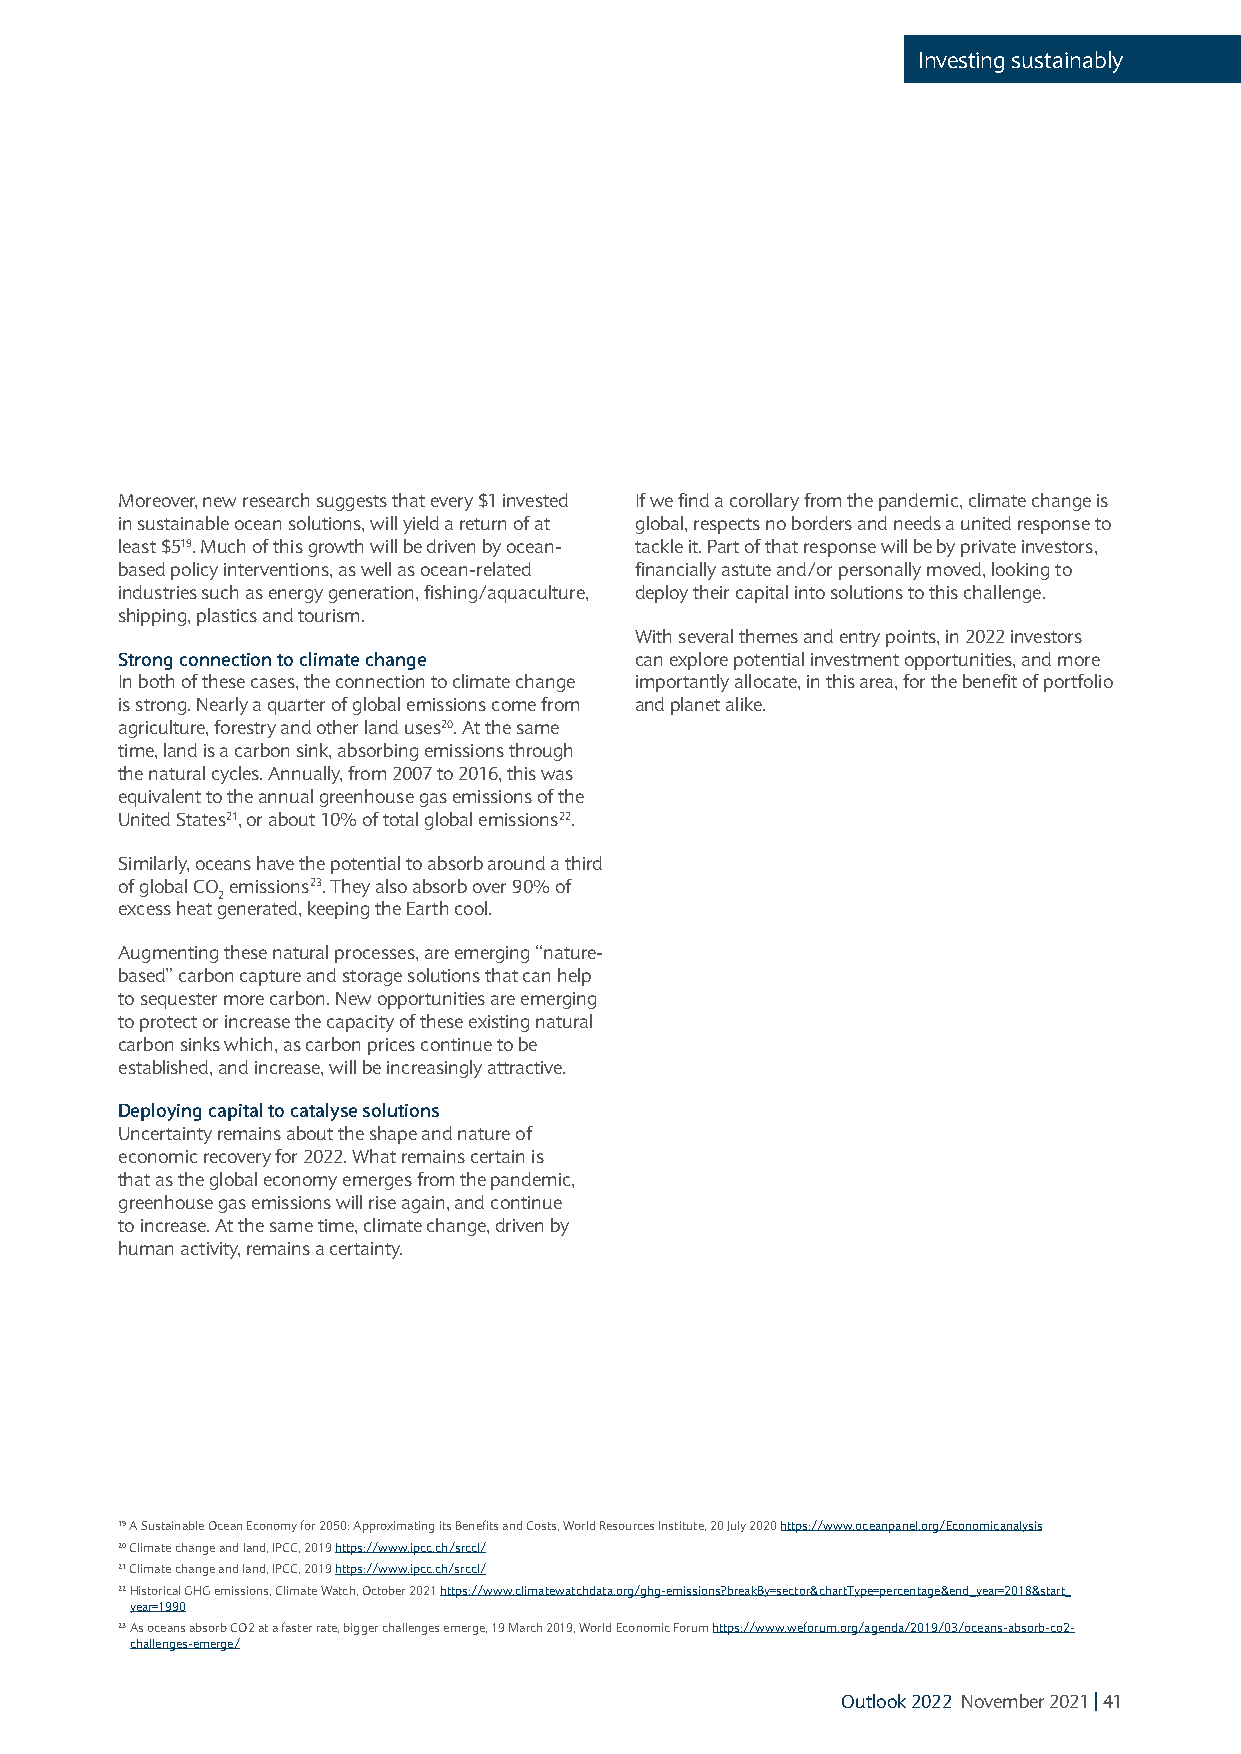
Investing sustainably
 Moreover, new research suggests that every $1 invested If we find a corollary from the pandemic, climate change is
 in sustainable ocean solutions, will yield a return of at global, respects no borders and needs a united response to
 least $519. Much of this growth will be driven by ocean- tackle it. Part of that response will be by private investors,
 based policy interventions, as well as ocean-related financially astute and/or personally moved, looking to
 industries such as energy generation, fishing/aquaculture, deploy their capital into solutions to this challenge.
 shipping, plastics and tourism.
 With several themes and entry points, in 2022 investors
 Strong connection to climate change can explore potential investment opportunities, and more
 In both of these cases, the connection to climate change importantly allocate, in this area, for the benefit of portfolio
 is strong. Nearly a quarter of global emissions come from and planet alike.
 agriculture, forestry and other land uses20. At the same
 time, land is a carbon sink, absorbing emissions through
 the natural cycles. Annually, from 2007 to 2016, this was
 equivalent to the annual greenhouse gas emissions of the
 United States21, or about 10% of total global emissions22.
 Similarly, oceans have the potential to absorb around a third
 of global CO emissions23. They also absorb over 90% of
 2
 excess heat generated, keeping the Earth cool.
 Augmenting these natural processes, are emerging “nature-
 based” carbon capture and storage solutions that can help
 to sequester more carbon. New opportunities are emerging
 to protect or increase the capacity of these existing natural
 carbon sinks which, as carbon prices continue to be
 established, and increase, will be increasingly attractive.
 Deploying capital to catalyse solutions
 Uncertainty remains about the shape and nature of
 economic recovery for 2022. What remains certain is
 that as the global economy emerges from the pandemic,
 greenhouse gas emissions will rise again, and continue
 to increase. At the same time, climate change, driven by
 human activity, remains a certainty.
 19 A Sustainable Ocean Economy for 2050: Approximating its Benefits and Costs, World Resources Institute, 20 July 2020 https://www.oceanpanel.org/Economicanalysis
 20 Climate change and land, IPCC, 2019 https://www.ipcc.ch/srccl/
 21 Climate change and land, IPCC, 2019 https://www.ipcc.ch/srccl/
 22 Historical GHG emissions, Climate Watch, October 2021 https://www.climatewatchdata.org/ghg-emissions?breakBy=sector&chartType=percentage&end_year=2018&start_
 year=1990
 23 As oceans absorb CO2 at a faster rate, bigger challenges emerge, 19 March 2019, World Economic Forum https://www.weforum.org/agenda/2019/03/oceans-absorb-co2-
 challenges-emerge/
 Outlook 2022 November 2021 | 41